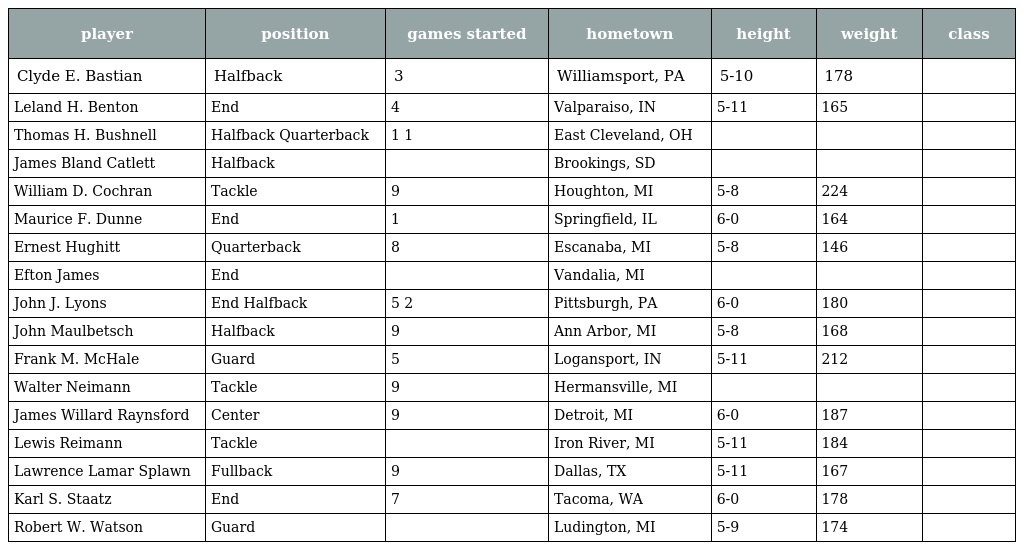
| player | position | games started | hometown | height | weight | class |
 | --- | --- | --- | --- | --- | --- | --- |
 | Clyde E. Bastian | Halfback | 3 | Williamsport, PA | 5-10 | 178 |  |
 | Leland H. Benton | End | 4 | Valparaiso, IN | 5-11 | 165 |  |
 | Thomas H. Bushnell | Halfback Quarterback | 1 1 | East Cleveland, OH |  |  |  |
 | James Bland Catlett | Halfback |  | Brookings, SD |  |  |  |
 | William D. Cochran | Tackle | 9 | Houghton, MI | 5-8 | 224 |  |
 | Maurice F. Dunne | End | 1 | Springfield, IL | 6-0 | 164 |  |
 | Ernest Hughitt | Quarterback | 8 | Escanaba, MI | 5-8 | 146 |  |
 | Efton James | End |  | Vandalia, MI |  |  |  |
 | John J. Lyons | End Halfback | 5 2 | Pittsburgh, PA | 6-0 | 180 |  |
 | John Maulbetsch | Halfback | 9 | Ann Arbor, MI | 5-8 | 168 |  |
 | Frank M. McHale | Guard | 5 | Logansport, IN | 5-11 | 212 |  |
 | Walter Neimann | Tackle | 9 | Hermansville, MI |  |  |  |
 | James Willard Raynsford | Center | 9 | Detroit, MI | 6-0 | 187 |  |
 | Lewis Reimann | Tackle |  | Iron River, MI | 5-11 | 184 |  |
 | Lawrence Lamar Splawn | Fullback | 9 | Dallas, TX | 5-11 | 167 |  |
 | Karl S. Staatz | End | 7 | Tacoma, WA | 6-0 | 178 |  |
 | Robert W. Watson | Guard |  | Ludington, MI | 5-9 | 174 |  |